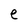
Character: e